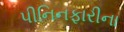
પીનિનફારીના